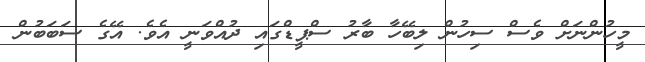
މީހުންނަށް ވެސް ސިހުން ލިބޭހާ ބާރު ސްޕީޑްގައި ދުއްވަނީ އެވެ. އޭގެ ސަބަބުން